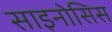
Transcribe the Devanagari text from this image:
साइनोसिस